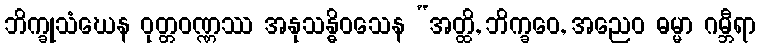
ဘိက္ခုသံဃေန ဝုတ္တဝဏ္ဏဿ အနုသန္ဓိဝသေန “အတ္ထိ, ဘိက္ခဝေ, အညေဝ ဓမ္မာ ဂမ္ဘီရာ